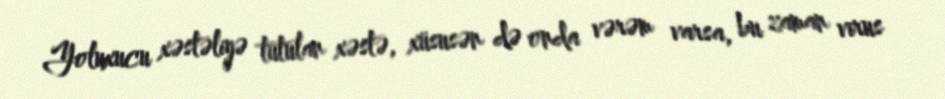
Yoluxucu xəstəliyə tutulan xəstə, xüsusən də onda vərəm varsa, bu zaman virus